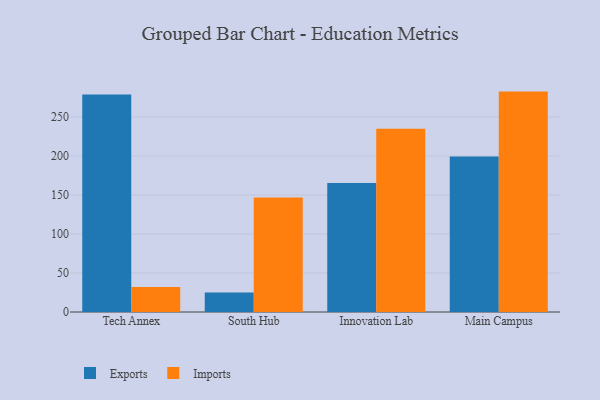
{"axis": {"x": "Campus", "y": "Net Income (USD K)"}, "legend": ["Exports", "Imports"], "data": [{"x": "Tech Annex", "y": 278.8, "type": "Exports"}, {"x": "Tech Annex", "y": 32.1, "type": "Imports"}, {"x": "South Hub", "y": 25.0, "type": "Exports"}, {"x": "South Hub", "y": 146.9, "type": "Imports"}, {"x": "Innovation Lab", "y": 165.3, "type": "Exports"}, {"x": "Innovation Lab", "y": 234.8, "type": "Imports"}, {"x": "Main Campus", "y": 199.2, "type": "Exports"}, {"x": "Main Campus", "y": 282.5, "type": "Imports"}]}